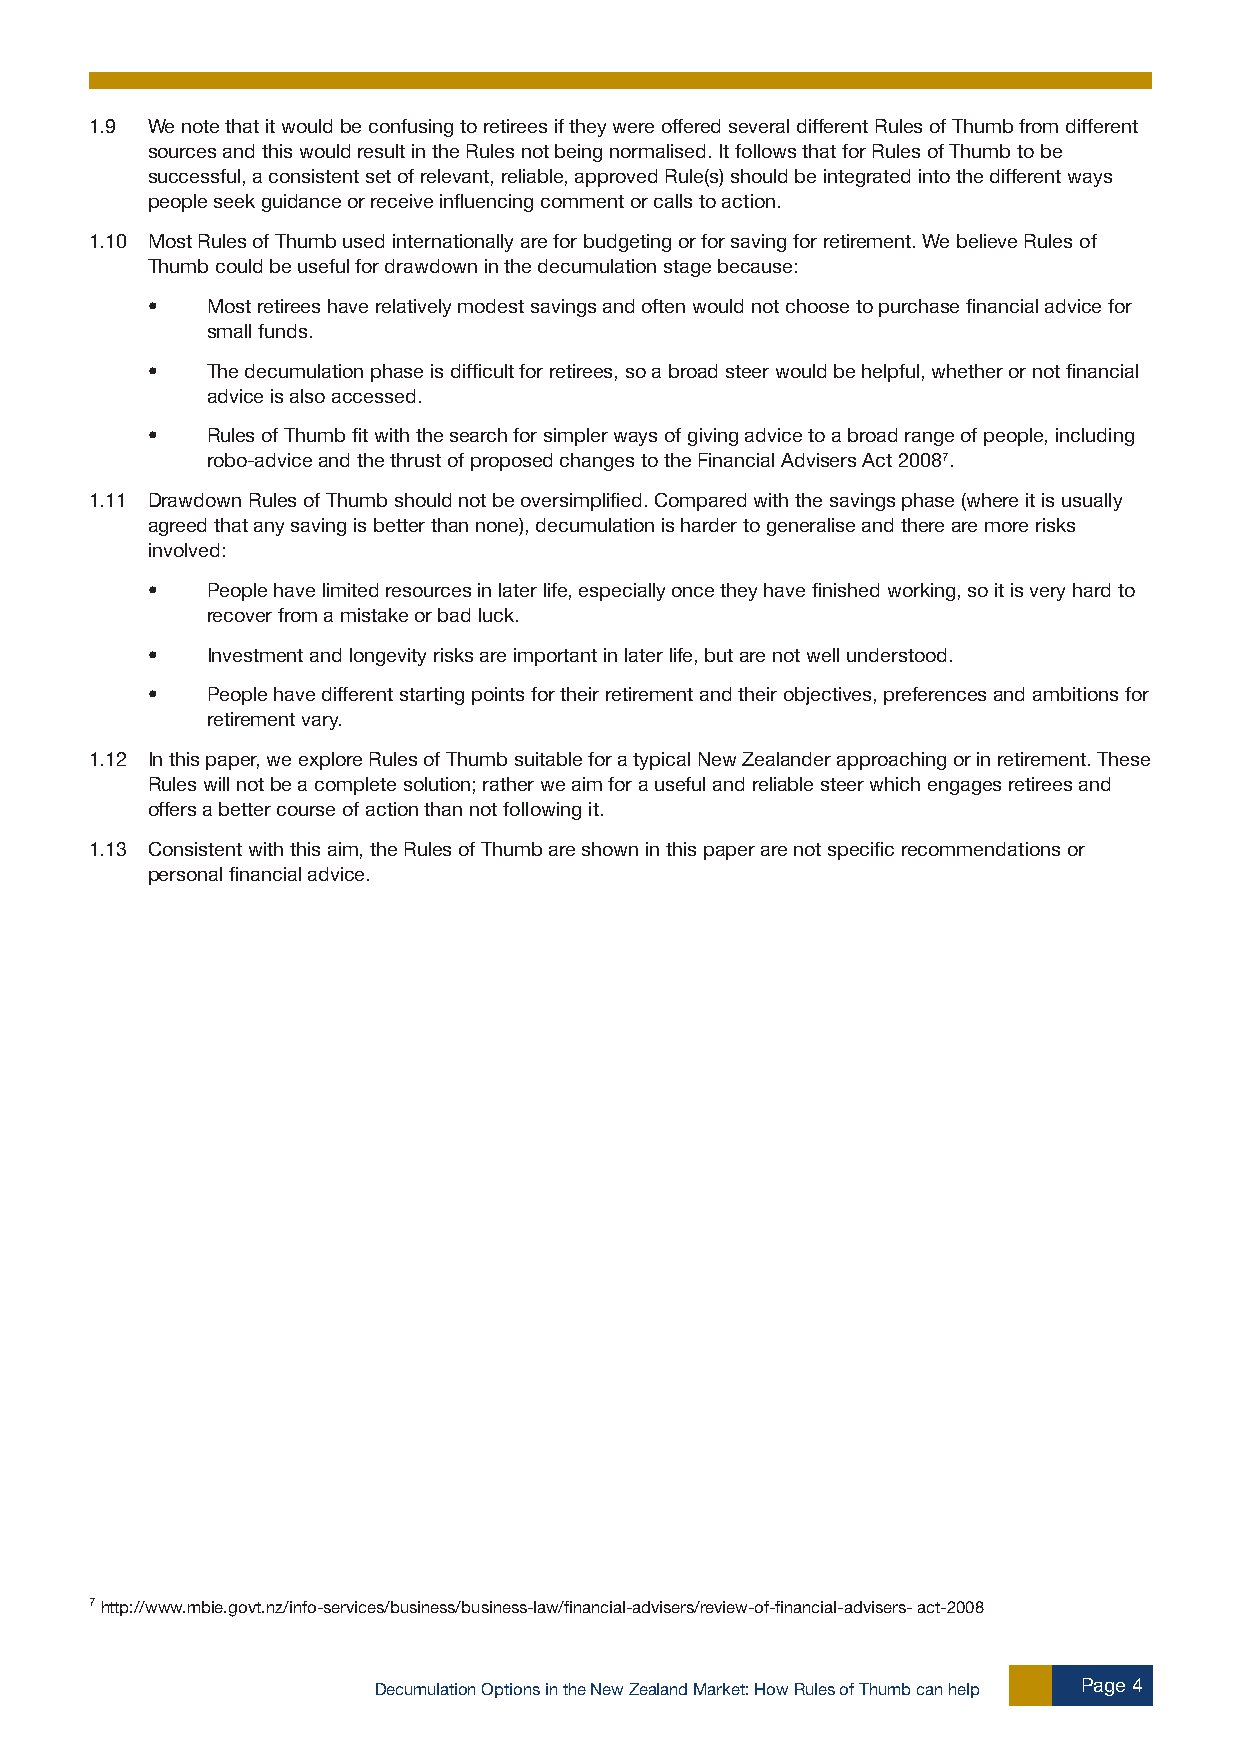
1.9 We note that it would be confusing to retirees if they were offered several different Rules of Thumb from different
 sources and this would result in the Rules not being normalised. It follows that for Rules of Thumb to be
 successful, a consistent set of relevant, reliable, approved Rule(s) should be integrated into the different ways
 people seek guidance or receive influencing comment or calls to action.
 1.10 Most Rules of Thumb used internationally are for budgeting or for saving for retirement. We believe Rules of
 Thumb could be useful for drawdown in the decumulation stage because:
 •   Most retirees have relatively modest savings and often would not choose to purchase financial advice for
 small funds.
 •   The decumulation phase is difficult for retirees, so a broad steer would be helpful, whether or not financial
 advice is also accessed.
 •   Rules of Thumb fit with the search for simpler ways of giving advice to a broad range of people, including
 robo-advice and the thrust of proposed changes to the Financial Advisers Act 20087.
 1.11 Drawdown Rules of Thumb should not be oversimplified. Compared with the savings phase (where it is usually
 agreed that any saving is better than none), decumulation is harder to generalise and there are more risks
 involved:
 •   People have limited resources in later life, especially once they have finished working, so it is very hard to
 recover from a mistake or bad luck.
 •   Investment and longevity risks are important in later life, but are not well understood.
 •   People have different starting points for their retirement and their objectives, preferences and ambitions for
 retirement vary.
 1.12 In this paper, we explore Rules of Thumb suitable for a typical New Zealander approaching or in retirement. These
 Rules will not be a complete solution; rather we aim for a useful and reliable steer which engages retirees and
 offers a better course of action than not following it.
 1.13 Consistent with this aim, the Rules of Thumb are shown in this paper are not specific recommendations or
 personal financial advice.
 7 http://www.mbie.govt.nz/info-services/business/business-law/financial-advisers/review-of-financial-advisers- act-2008
 Decumulation Options in the New Zealand Market: How Rules of Thumb can help Page 4